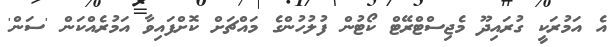
އެ އަމުރަކީ ގުރައިދޫ މެޖިސްޓްރޭޓް ކޯޓުން ފުލުހުންގެ މައްޗަށް ކޮށްފައިވާ އަމުރެއްކަން 'ސަން'